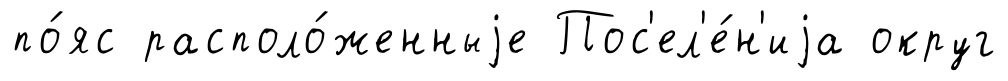
по́яс располо́женныjе Пос'ел'е́н'иjа округ